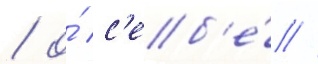
/ о́ с'еб'е́ //